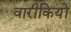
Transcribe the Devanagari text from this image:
वारीकियों